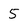
Character: 5